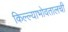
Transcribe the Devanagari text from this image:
किल्ल्याभोवतालची